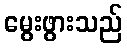
မွေးဖွားသည်